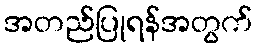
အတည်ပြုရန်အတွက်